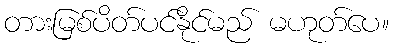
တားမြစ်ပိတ်ပင်နိုင်မည် မဟုတ်ပေ။